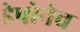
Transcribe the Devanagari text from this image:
डेपोनेच